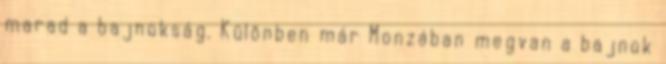
marad a bajnokság. Különben már Monzában megvan a bajnok